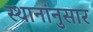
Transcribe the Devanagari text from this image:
स्थानांनुसार